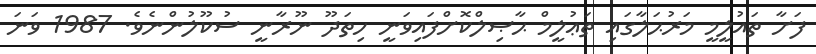
ފަށާ ތައުލީމީ މަރުޙަލާގައި ތަޢުލީމް ޙާޞިލްކޮށްފައިވަނީ ހިތަދޫ ނޫރާނީ ސުކޫލުންނެވެ. 1987 ވަނަ